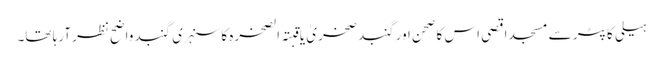
ہیلی کاپٹر سے مسجد اقصی اس کا صحن اور گنبد صخریٰ یا قبتہ الصخرہ کا سنہری گنبد واضح نظر آرہا تھا۔